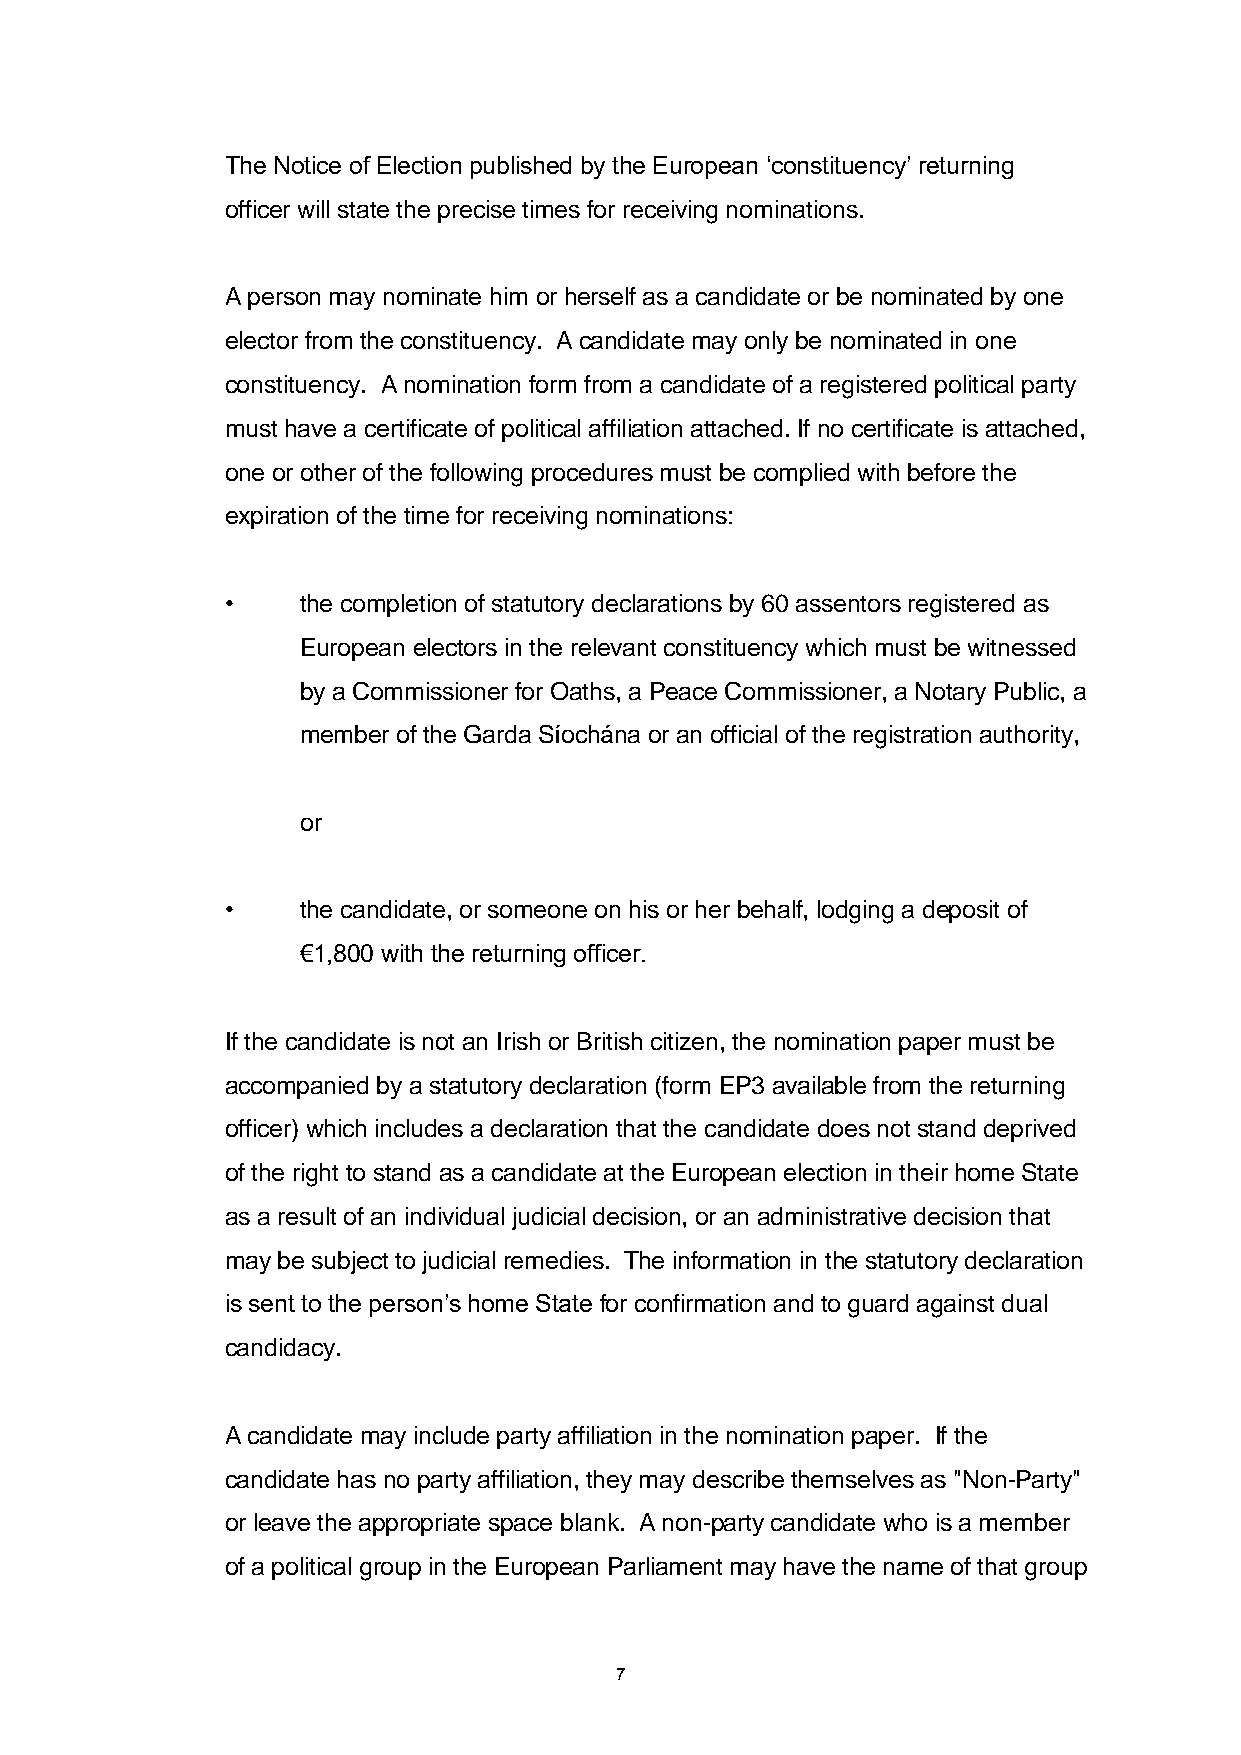
The Notice of Election published by the European ‘constituency’ returning
 officer will state the precise times for receiving nominations.
 A person may nominate him or herself as a candidate or be nominated by one
 elector from the constituency. A candidate may only be nominated in one
 constituency. A nomination form from a candidate of a registered political party
 must have a certificate of political affiliation attached. If no certificate is attached,
 one or other of the following procedures must be complied with before the
 expiration of the time for receiving nominations:
 •    the completion of statutory declarations by 60 assentors registered as
 European electors in the relevant constituency which must be witnessed
 by a Commissioner for Oaths, a Peace Commissioner, a Notary Public, a
 member of the Garda Síochána or an official of the registration authority,
 or
 •    the candidate, or someone on his or her behalf, lodging a deposit of
 €1,800 with the returning officer.
 If the candidate is not an Irish or British citizen, the nomination paper must be
 accompanied by a statutory declaration (form EP3 available from the returning
 officer) which includes a declaration that the candidate does not stand deprived
 of the right to stand as a candidate at the European election in their home State
 as a result of an individual judicial decision, or an administrative decision that
 may be subject to judicial remedies. The information in the statutory declaration
 is sent to the person’s home State for confirmation and to guard against dual
 candidacy.
 A candidate may include party affiliation in the nomination paper. If the
 candidate has no party affiliation, they may describe themselves as "Non-Party"
 or leave the appropriate space blank. A non-party candidate who is a member
 of a political group in the European Parliament may have the name of that group
 7